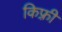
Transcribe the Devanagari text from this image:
किफ़्री